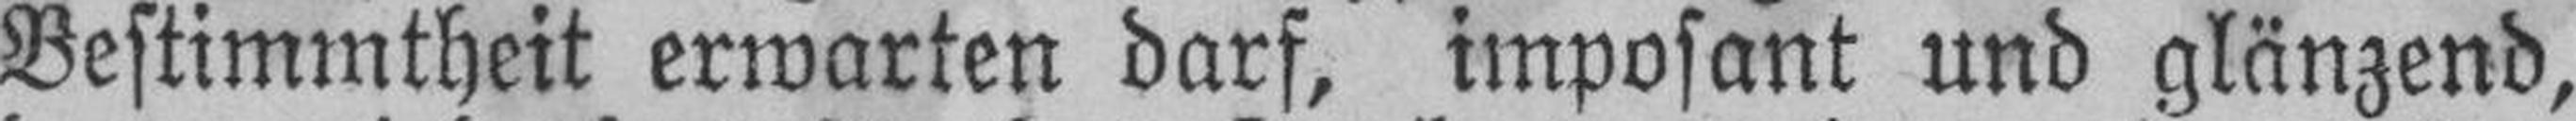
Bestimmtheit erwarten darf, imposant und glänzend,